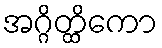
အဂ္ဂိတ္ထိကော